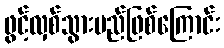
ဖွင့်လှစ်သွားမည်ဖြစ်ကြောင်း